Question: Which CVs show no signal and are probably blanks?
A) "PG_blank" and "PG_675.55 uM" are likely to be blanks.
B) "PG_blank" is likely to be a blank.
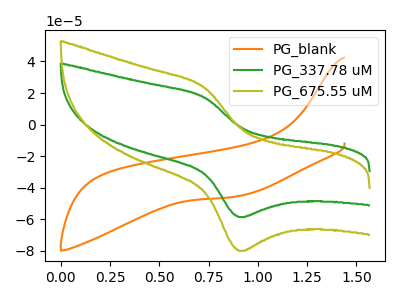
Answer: <think>The orange curve "PG_blank" has no peaks. The green curve "PG_337.78 uM" has an anodic peak at (0.75V, 17.20uA) and a cathodic peak at (0.90V, -58.60uA). The olive curve "PG_675.55 uM" has an anodic peak at (0.75V, 23.45uA) and a cathodic peak at (0.90V, -79.95uA).</think>
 <answer>B) "PG_blank" is likely to be a blank.</answer>
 <eval>B</eval>